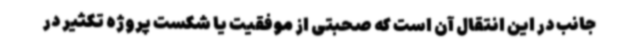
جانب در این انتقال آن است که صحبتی از موفقیت یا شکست پروژه تکثیر در